system: You are a helpful assistant.
user:
Analyze the provided spectrum to determine if it is a **"Cataclysmic Variables (CV)"**.

- **Key Indicators for CV (Check for either state):**
    - **State 1: Quiescent / Low-State (Emission-Dominated)**
        - **(Primary):** Strong and *very broad* Hydrogen Balmer emission lines (e.g., $H\alpha$ at 6563 Å, $H\beta$ at 4861 Å). The 'broadness' (high velocity dispersion, often FWHM > 1000 km/s) is the key diagnostic, indicating a high-velocity accretion disk.
        - **(Secondary):** Broad neutral Helium (He I) emission lines (e.g., 5876 Å, 6678 Å).
        - **(Key Confirmation):** Presence of high-excitation *ionized* Helium (He II) emission at 4686 Å. This is a strong indicator of accretion onto a white dwarf.
        - **(Line Profile):** Emission lines may exhibit a 'double-peaked' profile, which is a classic signature of a rotating accretion disk viewed at high inclination.

    - **State 2: Outburst / High-State (Absorption-Dominated)**
        - **(Primary):** Spectrum is dominated by a bright, blue continuum (looks like a hot star).
        - **(Secondary):** The emission lines from State 1 are weak, absent, or 'filled in', and are replaced by broad, shallow *absorption* lines (primarily Balmer and He I).
        - **(Morphology):** The overall spectrum mimics a hot B/A-type star. The crucial difference is that the absorption lines are significantly broader, shallower, and more 'washed-out' (or 'smeared') than the sharp lines of a normal stellar photosphere, due to high rotational speeds and pressure broadening in the disk.

Think first, call **spectral_visualization_tool** if needed to examine features in detail, then provide your final answer. Your response must adhere to the following strict rules:
1.  **Overall Structure:** Your response must follow the format `<think>...</think> <tool_call>...</tool_call> (if a tool is used) <answer>...</answer>`.
2.  **Tool Usage Constraint:** You may only make **one** tool call per turn.
3.  **Final Answer Format:** In the `<answer>` tag, your conclusion must be inside a `\boxed{}` command (e.g., `\boxed{YES}`), followed by your justification.

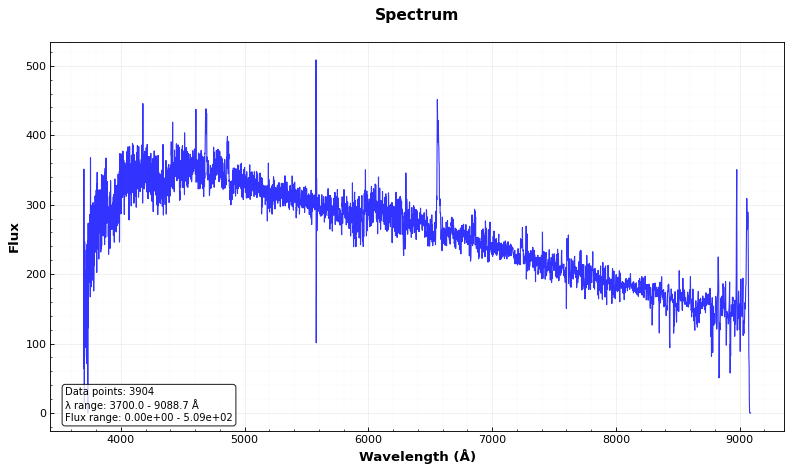
Answer: YES